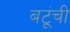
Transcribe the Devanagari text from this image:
बटूंची